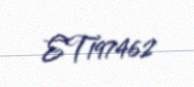
ET197462